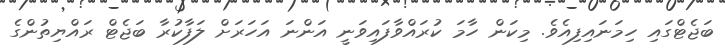
ބަޖެޓްގައި ހިމަނައިފިއެވެ. މިކަން ހާމަ ކުރައްވާފައިވަނީ އަންނަ އަހަރަށް ލަފާކުރާ ބަޖެޓް ރައްޔިތުންގެ